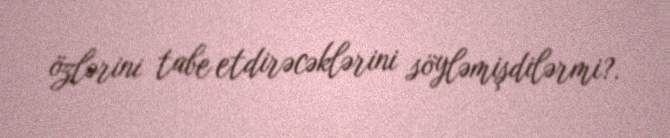
özlərini tabe etdirəcəklərini söyləmişdilərmi?.